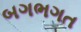
બગભગત